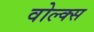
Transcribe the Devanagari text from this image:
वोल्क्स